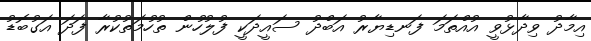
އިމާދު ވިދާޅުވީ އުއްތަމަ ފަނޑިޔާރު އަބްދު ސައީދަކީ ފުލުހުން ތުހުމަތުކުރާ ފަދަ އަގުބޮޑު